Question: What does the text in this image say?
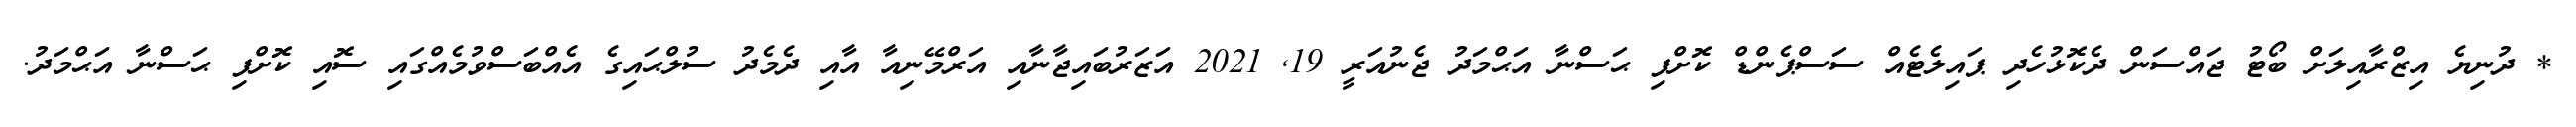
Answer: * ދުނިޔެ އިޒްރާއިލަށް ބޯޓު ޖައްސަން ދެކޮޅުހެދި ޕައިލެޓެއް ސަސްޕެންޑް ކޮށްފި ޙަސްނާ އަޙްމަދު ޖެނުއަރީ 19, 2021 އަޒަރުބައިޖާނާއި އަރްމޭނިއާ އާއި ދެމެދު ސުލްޙައިގެ އެއްބަސްވުމެއްގައި ސޮއި ކޮށްފި ޙަސްނާ އަޙްމަދު.